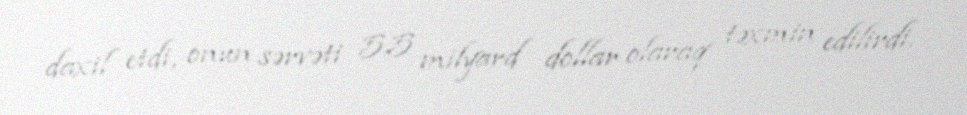
daxil etdi, onun sərvəti 5,5 milyard dollar olaraq təxmin edilirdi.